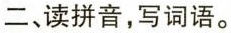
二、读拼音，写词语。